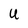
Character: U